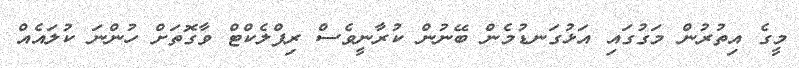
މީގެ އިތުރުން މަގުގައި އަޅުގަނޑުމެން ބޭނުން ކުރާނީވެސް ރިފްލެކްޓް ވާގޮތަށް ހުންނަ ކުލައެއް